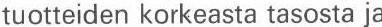
tuotteiden korkeasta tasosta ja